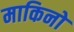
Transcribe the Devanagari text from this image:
माकिनो